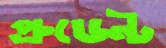
প্রুডেন্ট